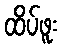
ထိပ်ဖူး